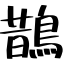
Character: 鵲